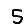
Digit: 5